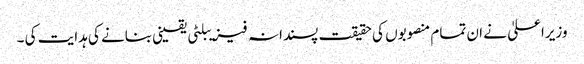
وزیراعلیٰ نے ان تمام منصوبوں کی حقیقت پسندانہ فیزیبلٹی یقینی بنانے کی ہدایت کی ۔